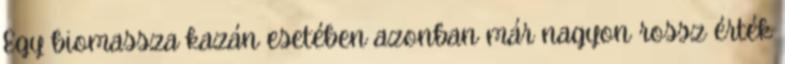
Egy biomassza kazán esetében azonban már nagyon rossz érték